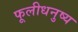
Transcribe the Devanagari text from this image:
फूलीधनुष्य